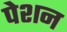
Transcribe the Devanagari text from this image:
पेशन